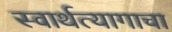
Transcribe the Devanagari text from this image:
स्वार्थत्यागाचा